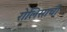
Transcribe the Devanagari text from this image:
रोलिसाची